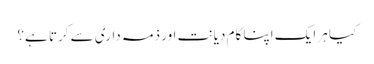
کیا ہر ایک اپنا کام دیانت اور ذمہ داری سے کرتا ہے؟